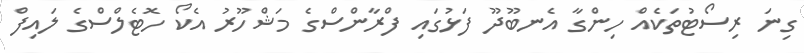
ގިނަ ރިސޯޓުތަކެއް ހިންގާ އެނބޫދޫ ފަޅުގައި ފްރާންސްގެ މަޝްހޫރު އެކޯ ހޮޓެލްސްގެ ލައިފް